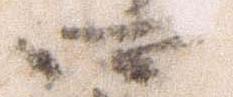
四